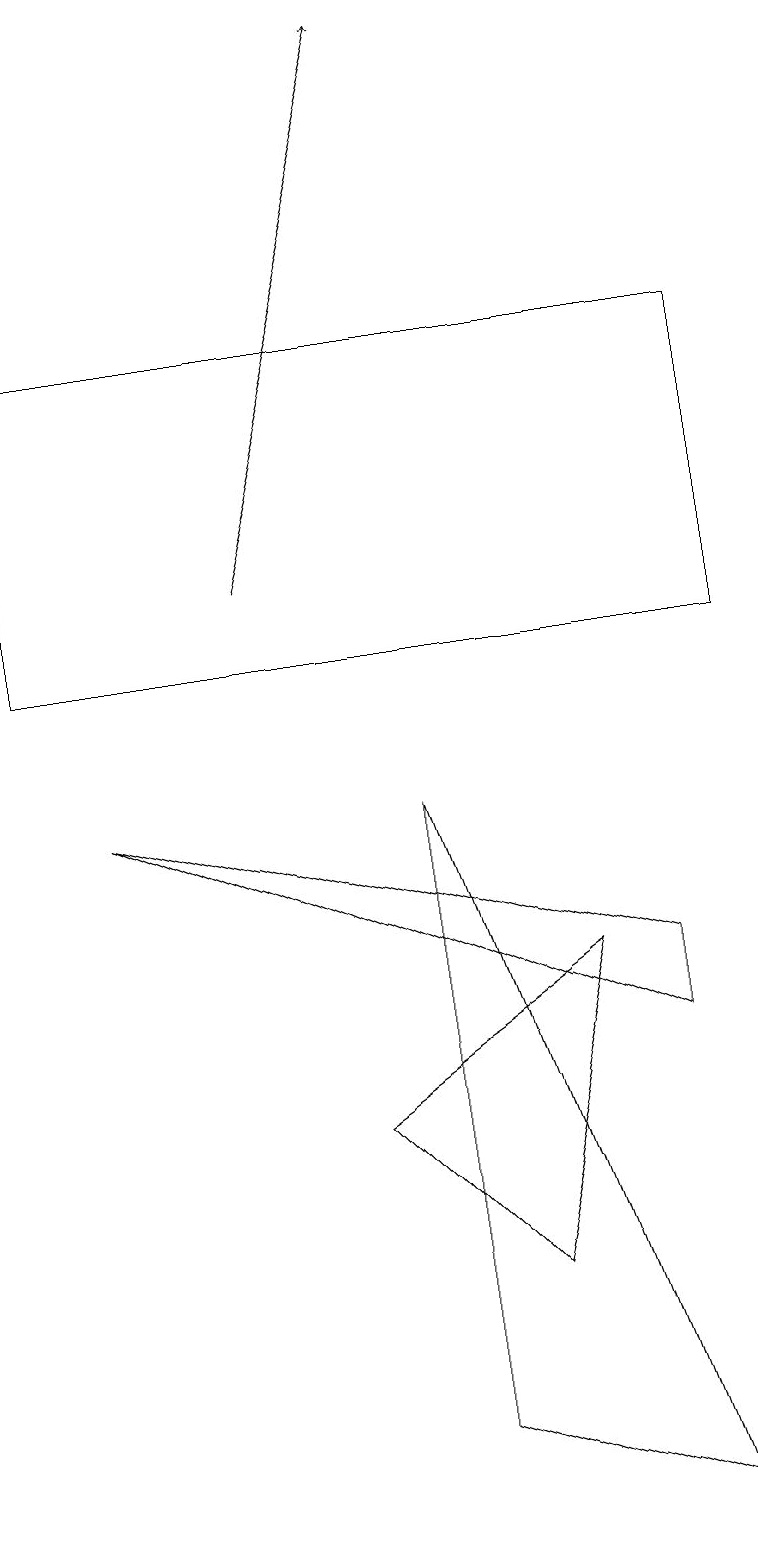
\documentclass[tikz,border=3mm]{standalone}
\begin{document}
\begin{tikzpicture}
\draw[->] (3,12) -- (5,19);
\draw (6,3) -- (4,5) -- (7,7) -- cycle;
\draw (5,9) -- (5,1) -- (8,0) -- cycle;
\draw (8,6) -- (8,7) -- (1,9) -- cycle;
\draw (9,11) rectangle (0,15);
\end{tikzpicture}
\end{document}